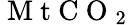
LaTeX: \mathrm{~M~t~C~O~}_{2}